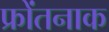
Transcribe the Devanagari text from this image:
फ्रोंतनाक